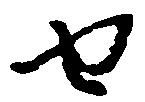
せ